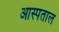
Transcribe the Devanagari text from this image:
आस्पताल